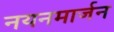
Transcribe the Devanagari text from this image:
नयनमार्जन